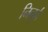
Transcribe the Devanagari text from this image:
निनुर्त